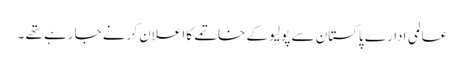
عالمی ادارے پاکستان سے پولیو کے خاتمے کا اعلان کرنے جارہے تھے ۔